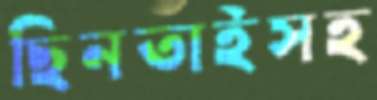
ছিনতাইসহ